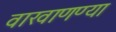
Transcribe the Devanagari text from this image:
वाखाणण्या